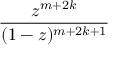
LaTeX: \frac { z ^ { m + 2 k } } { ( 1 - z ) ^ { m + 2 k + 1 } }